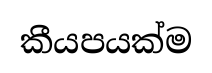
කීයපයක්ම